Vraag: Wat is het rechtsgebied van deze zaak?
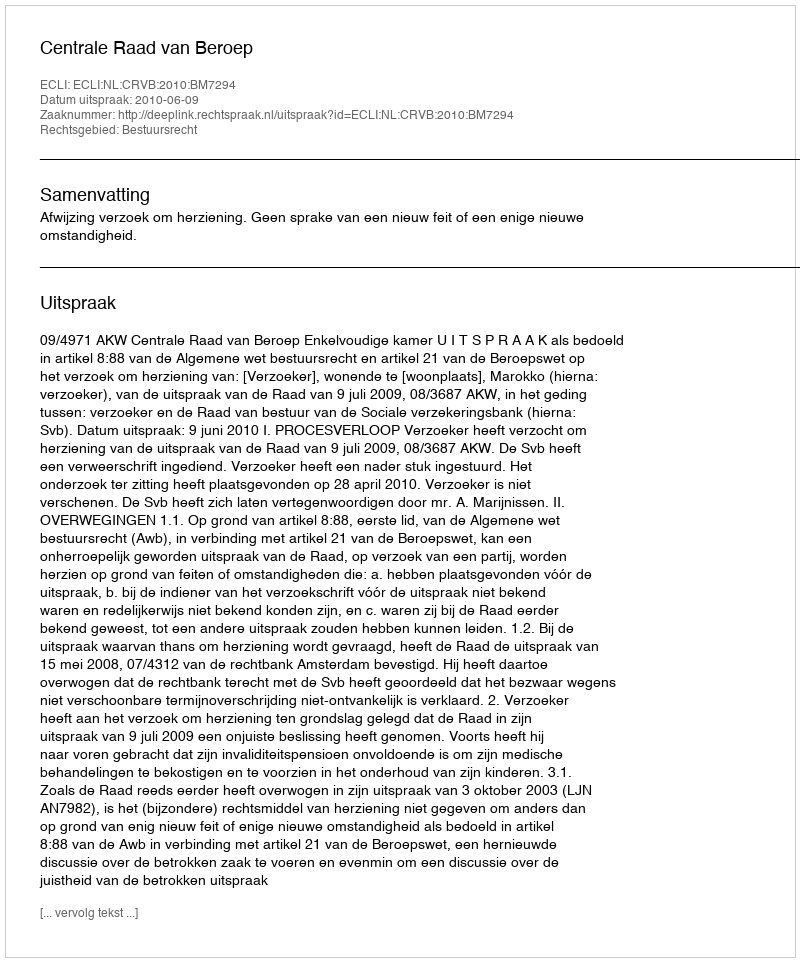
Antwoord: Bestuursrecht